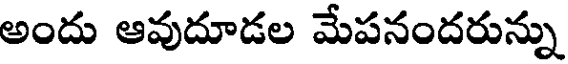
అందు ఆవుదూడల మేపనందరున్ను